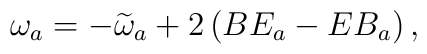
\omega _{a}=-\widetilde{\omega }_{a}+2\left( BE_{a}-EB_{a}\right) ,